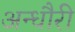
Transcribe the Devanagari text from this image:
अन्धौरी